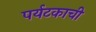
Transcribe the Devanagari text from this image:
पर्यटकाची